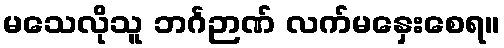
မသေလိုသူ ဘင်္ဂဉာဏ် လက်မနှေးစေရ။